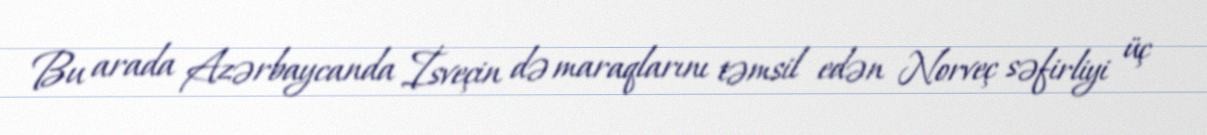
Bu arada Azərbaycanda İsveçin də maraqlarını təmsil edən Norveç səfirliyi üç